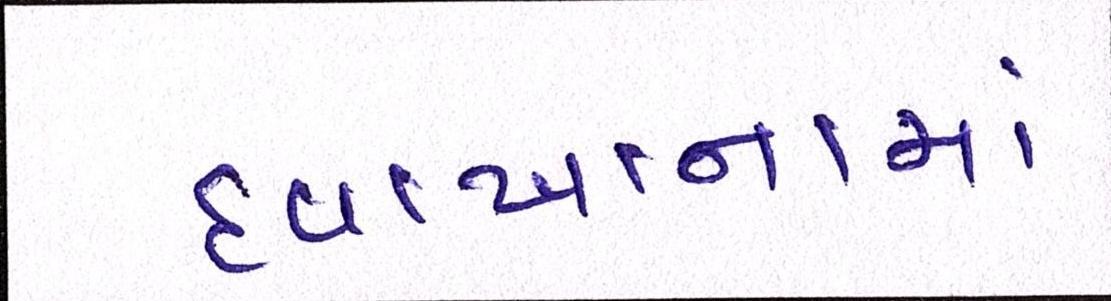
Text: દવાખાનામાં